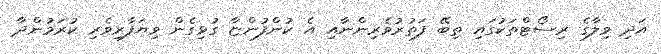
އަދި ވިލާގެ ރިސޯޓްތަކުގައި ތިބޭ ފަތުރުވެރިންނާއި އެ ކުންފުންޏާ ގުޅިގެން ވިޔަފާރިވެރި ކުރަމުންދާ